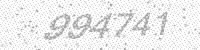
Solution: 994741